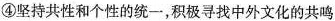
④坚持共性和个性的统一，积极寻找中外文化的共鸣